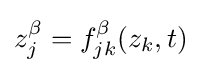
z_{j}^{\beta }=f_{jk}^{\beta }(z_{k},t)